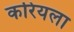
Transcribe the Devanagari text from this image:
करियला